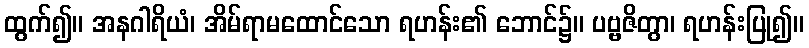
ထွက်၍။ အနဂါရိယံ၊ အိမ်ရာမထောင်သော ရဟန်း၏ ဘောင်၌။ ပဗ္ဗဇိတွာ၊ ရဟန်းပြု၍။